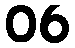
06